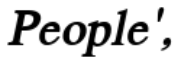
People',